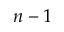
n - 1